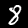
Digit: 8